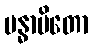
ဗန္ဓာပိတော